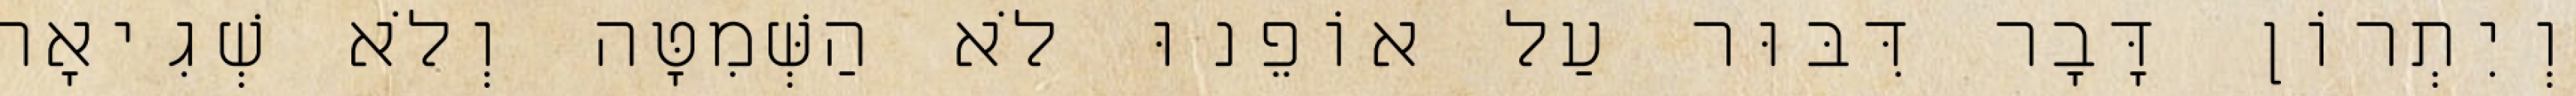
וְיִתְרוֹן דָּבָר דִּבּוּר עַל אוֹפֵנוּ לֹא הַשְּׁמִטָּה וְלֹא שְׁגִיאָה